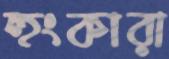
হুংকারা